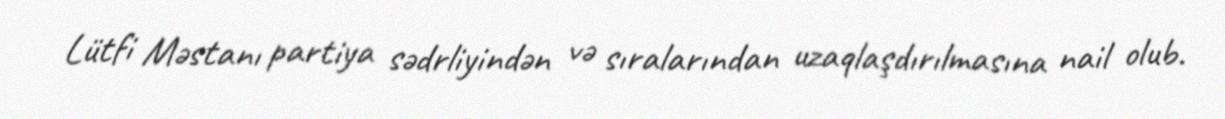
Lütfi Məstanı partiya sədrliyindən və sıralarından uzaqlaşdırılmasına nail olub.